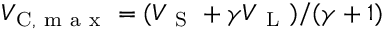
V _ { \mathrm { C } , \mathrm { ~ m ~ a ~ x ~ } } = ( V _ { \mathrm { ~ S ~ } } + \gamma V _ { \mathrm { ~ L ~ } } ) / ( \gamma + 1 )